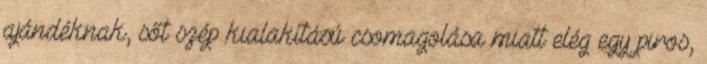
ajándéknak, sőt szép kialakítású csomagolása miatt elég egy piros,